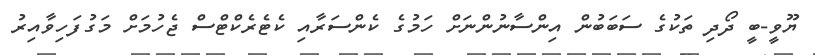
ޔޫވީ-ބީ ދޯދި ތަކުގެ ސަބަބުން އިންސާނުންނަށް ހަމުގެ ކެންސަރާއި ކެޓެރެކްޓްސް ޖެހުމަށް މަގުފަހިވާއިރު